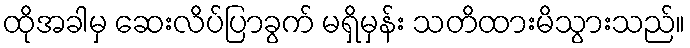
ထိုအခါမှ ဆေးလိပ်ပြာခွက် မရှိမှန်း သတိထားမိသွားသည်။